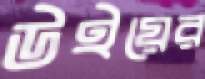
উইয়ের